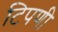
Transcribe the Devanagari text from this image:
टिपणी